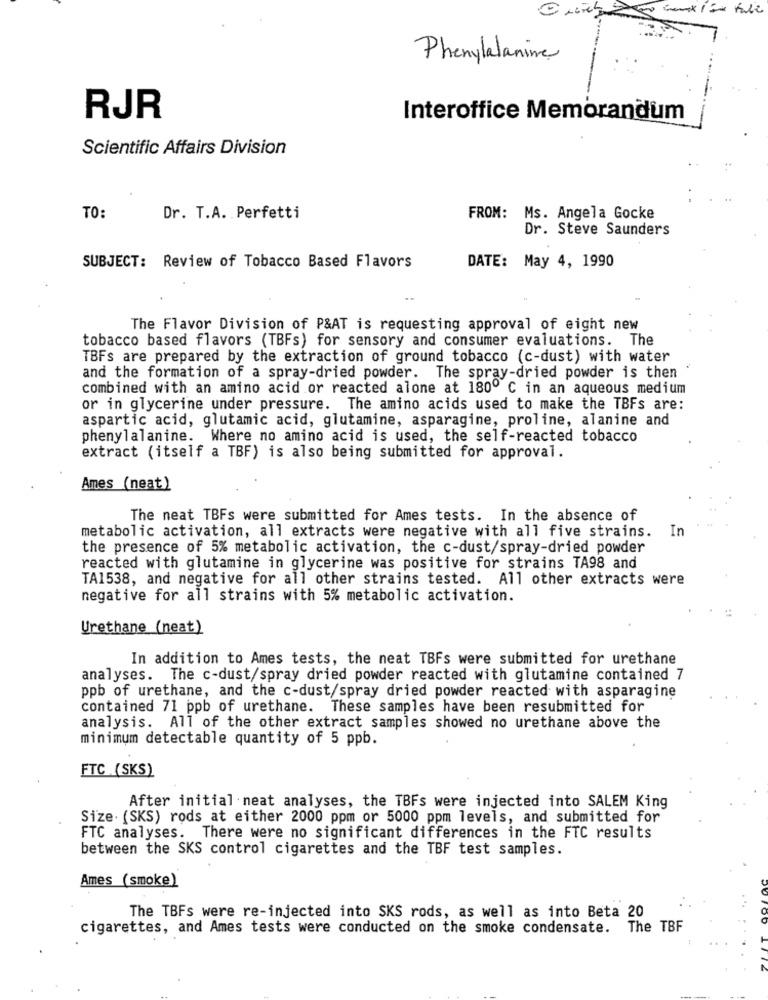
Phenylalanine
RJR
Interoffice Memorandum
Scientific Affairs Division
TO:
Dr. T.A. Perfetti
FROM: Ms. Angela Gocke
Dr. Steve Saunders
SUBJECT: Review of Tobacco Based Flavors
DATE: May 4, 1990
The Flavor Division of P&AT is requesting approval of eight new
tobacco based flavors (TBFs) for sensory and consumer evaluations. The
TBFs are prepared by the extraction of ground tobacco (c-dust) with water
and the formation of a spray-dried powder. The spray-dried powder is then
combined with an amino acid or reacted alone at 180º C in an aqueous medium
or in glycerine under pressure. The amino acids used to make the TBFs are:
aspartic acid, glutamic acid, glutamine, asparagine, proline, alanine and
phenylalanine. Where no amino acid is used, the self-reacted tobacco
extract (itself a TBF) is also being submitted for approval.
Ames (neat)
The neat TBFs were submitted for Ames tests. In the absence of
metabolic activation, all extracts were negative with all five strains. In
the presence of 5% metabolic activation, the c-dust/spray-dried powder
reacted with glutamine in glycerine was positive for strains TA98 and
TA1538, and negative for all other strains tested. All other extracts were
negative for all strains with 5% metabolic activation.
Urethane (neat)
In addition to Ames tests, the neat TBFs were submitted for urethane
analyses. The c-dust/spray dried powder reacted with glutamine contained 7
ppb of urethane, and the c-dust/spray dried powder reacted with asparagine
contained 71 ppb of urethane. These samples have been resubmitted for
analysis. All of the other extract samples showed no urethane above the
minimum detectable quantity of 5 ppb.
FTC (SKS)
After initial neat analyses, the TBFs were injected into SALEM King
Size. (SKS) rods at either 2000 ppm or 5000 ppm levels, and submitted for
FTC analyses. There were no significant differences in the FTC results
between the SKS control cigarettes and the TBF test samples.
Ames (smoke)
The TBFs were re-injected into SKS rods, as well as into Beta 20
cigarettes, and Ames tests were conducted on the smoke condensate. The TBF